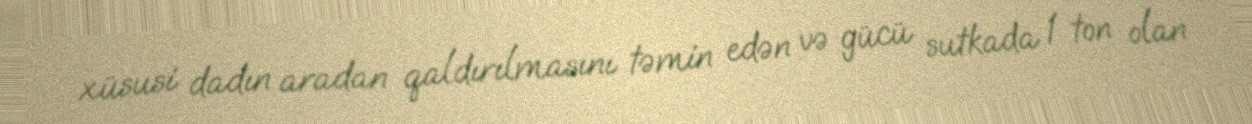
xüsusi dadın aradan qaldırılmasını təmin edən və gücü sutkada 1 ton olan